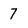
Character: 7